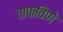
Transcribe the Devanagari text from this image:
वाफविणे